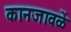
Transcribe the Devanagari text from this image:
कानजावळें